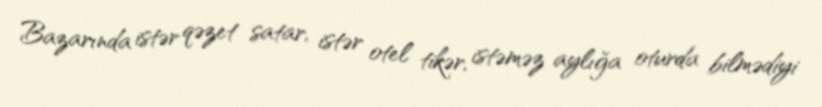
Bazarında istər qəzet satar, istər otel tikər, istəməz aylığa oturda bilmədiyi